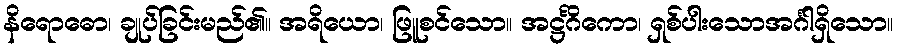
နိရောဓော၊ ချုပ်ခြင်းမည်၏။ အရိယော၊ ဖြူစင်သော။ အဋ္ဌင်္ဂိကော၊ ရှစ်ပါးသောအင်္ဂါရှိသော။